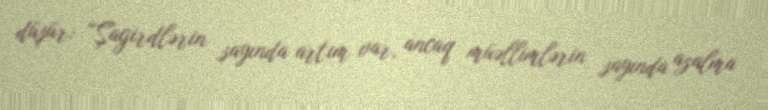
düşür: “Şagirdlərin sayında artım var, ancaq müəllimlərin sayında azalma